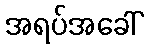
အရပ်အခေါ်